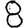
Digit: 8